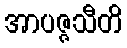
အာပဇ္ဇသီတိ